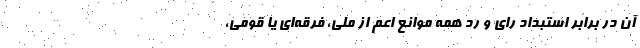
آن در برابر استبداد رای و رد همه موانع اعم از ملی، فرقه‌ای یا قومی،